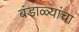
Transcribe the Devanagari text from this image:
बंडाळ्यांचा